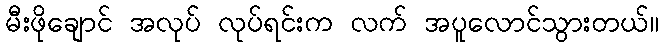
မီးဖိုချောင် အလုပ် လုပ်ရင်းက လက် အပူလောင်သွားတယ်။